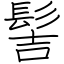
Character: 髻